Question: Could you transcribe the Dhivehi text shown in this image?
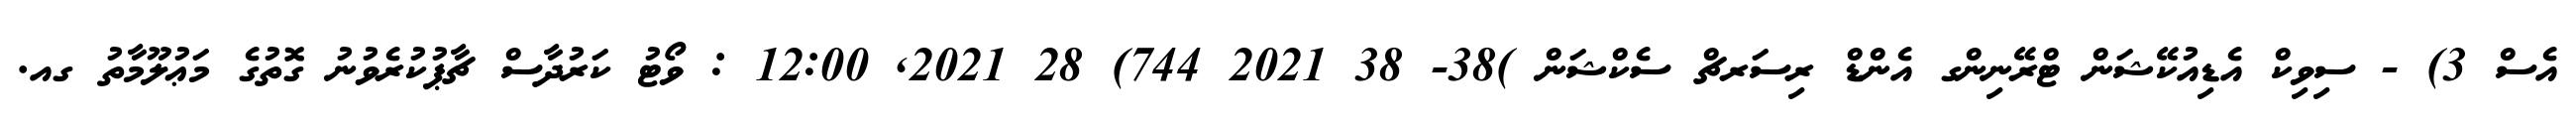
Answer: އެސް 3) - ސިވިކް އެޑިއުކޭޝަން ޓްރޭނިންގ އެންޑް ރިސަރޗް ސެކްޝަން )38- 38 2021 744) 28 2021, 12:00 : ވޯޓު ކަރުދާސް ޗާޕުކުރެވުނު ގޮތުގެ މަޢުލޫމާތު ގއ.